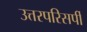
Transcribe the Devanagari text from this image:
उत्तरपरिसर्पी